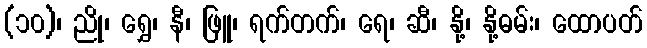
(၁၀)၊ ညို၊ ရွှေ၊ နီ၊ ဖြူ၊ ရက်တက်၊ ရေ၊ ဆီ၊ နို့၊ နို့ဓမ်း၊ ထောပတ်